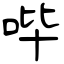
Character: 哔